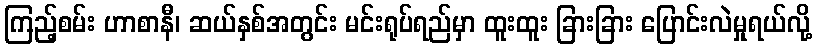
ကြည့်စမ်း ဟာစာနီ၊ ဆယ်နှစ်အတွင်း မင်းရုပ်ရည်မှာ ထူးထူး ခြားခြား ပြောင်းလဲမှုရယ်လို့